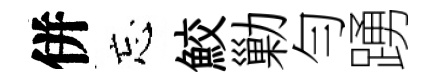
併忘鮫勦勻踴